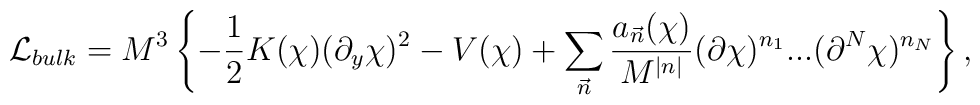
{\cal L}_{bulk} =  M^3 \left\{ - \frac{1}{2} K(\chi) (\partial_y \chi)^2 - V(\chi) + \sum_{\vec{n}} \frac{a_{\vec{n}}(\chi)}{M^{|n|}}  (\partial \chi)^{n_1} ... (\partial^N \chi)^{n_N} \right\},